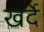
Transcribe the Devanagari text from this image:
खर्दे